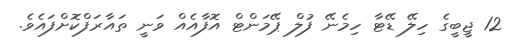
12 ޖީބީގެ ހިލޭ ޑޭޓާ ހިމެނޭ ފުލް ޕޭމަންޓް އޮފާއެއް ވަނީ ތައާރަފްކޮށްފައެވެ.